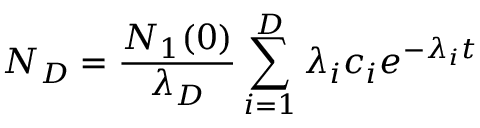
N _ { D } = { \frac { N _ { 1 } ( 0 ) } { \lambda _ { D } } } \sum _ { i = 1 } ^ { D } \lambda _ { i } c _ { i } e ^ { - \lambda _ { i } t }